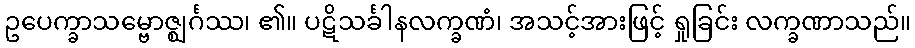
ဥပေက္ခာသမ္ဗောဇ္ဈင်္ဂဿ၊ ၏။ ပဋိသင်္ခါနလက္ခဏံ၊ အသင့်အားဖြင့် ရှုခြင်း လက္ခဏာသည်။